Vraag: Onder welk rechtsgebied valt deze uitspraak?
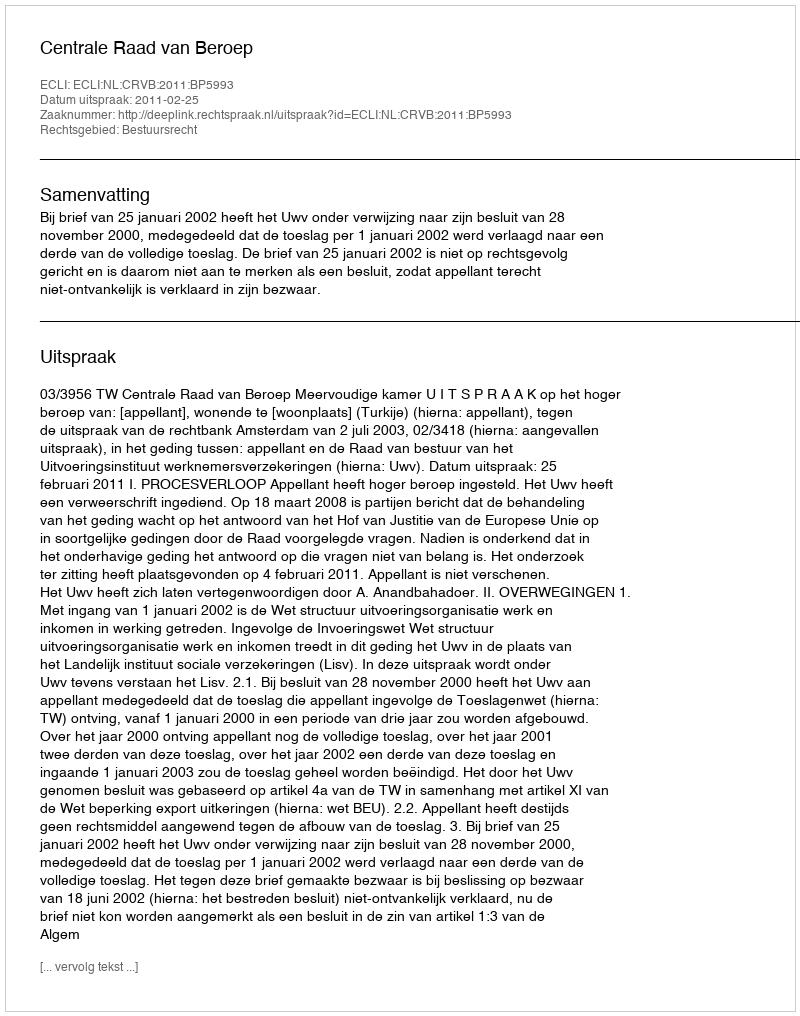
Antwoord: Bestuursrecht